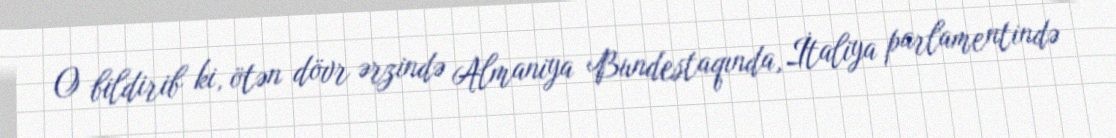
O bildirib ki, ötən dövr ərzində Almaniya Bundestaqında, İtaliya parlamentində